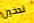
تدخين